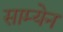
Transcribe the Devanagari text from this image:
साम्येन